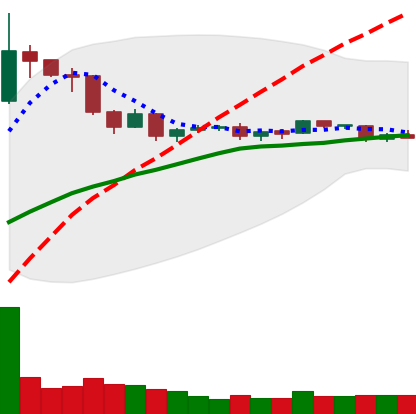
Ticker: DOGE-USD
Chart end date: 2019-04-23
Forward return: -8.694%
Label: down_7plus